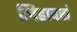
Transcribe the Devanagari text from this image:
लिहावसं